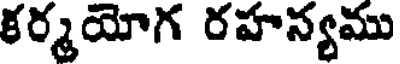
కర్మయోగ రహన్యము